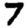
Digit: 7